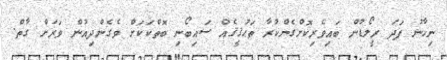
ނިހާނު ފަދަ ރީލޯޑުން ބައިވެރިކޮށްގެންކުރާ ތަޙުޤީޤެއް ސައިބޯނި ބޮތްކަކަށް ވެގެންދިއުން ވަރަށް ގާތް.